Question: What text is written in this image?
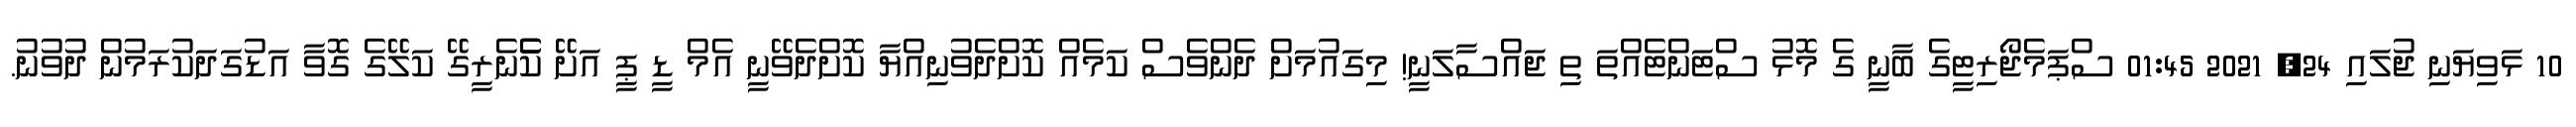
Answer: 10 ޅަވިޔަނި ޖުލައި 24, 2021 01:45 ސްޕަމެޖޯރިޓީގެ ބާނީ ގެ މޮޅު ސްޓަންޓެއްތަ ތި ޖައްސާލަނީ! މިގައުމަށް ދެންވެސް ކަމެއް ކޮށްދެވުނިއްޔާ ކޮށްދެވޭނީ އެމް ޑީ ޕީ އަށޭ ކެެެނެރީގޭ ކަލޭގެ ގޮވާ އަޑުގަދަކުރަމުން ދުވުނު.